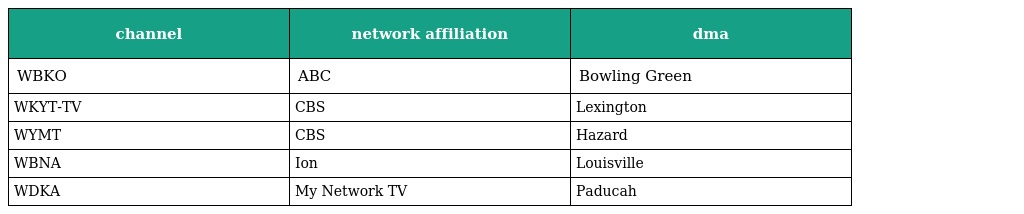
| channel | network affiliation | dma |
 | --- | --- | --- |
 | WBKO | ABC | Bowling Green |
 | WKYT-TV | CBS | Lexington |
 | WYMT | CBS | Hazard |
 | WBNA | Ion | Louisville |
 | WDKA | My Network TV | Paducah |